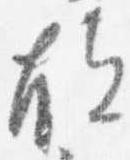
故